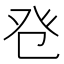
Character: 𤼥